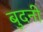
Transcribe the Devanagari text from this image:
बुदनी